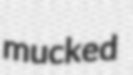
mucked